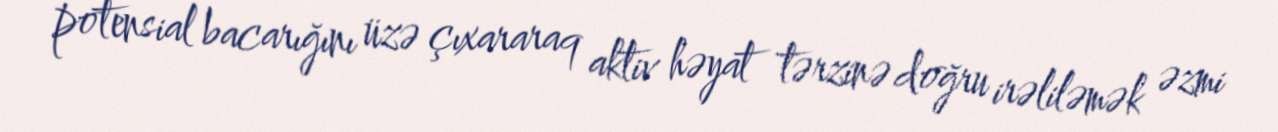
potensial bacarığını üzə çıxararaq aktiv həyat tərzinə doğru irəliləmək əzmi